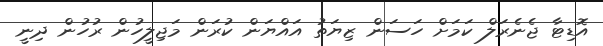
އޮޑިޓާ ޖެނެރަލް ކަމަށް ހަސަން ޒިޔަތު އައްޔަން ކުރަން މަޖިލީހުން ރުހުން ދިނީ